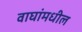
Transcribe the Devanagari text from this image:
वाघांमधील